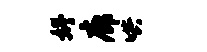
妤廊哄